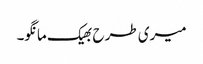
میری طرح بھیک مانگو۔